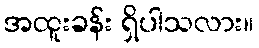
အထူးခန်း ရှိပါသလား။